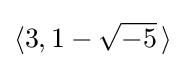
\langle 3,1-{\sqrt {-5}}\,\rangle